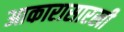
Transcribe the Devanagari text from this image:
आकारासारखी